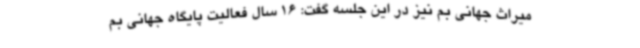
میراث جهانی بم نیز در این جلسه گفت: 16 سال فعالیت پایگاه جهانی بم